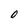
Character: O